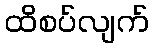
ထိစပ်လျက်